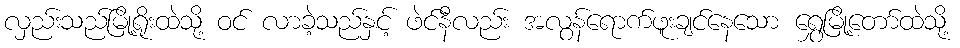
လှည်းသည်မြို့ရိုးထဲသို့ ဝင် လာခဲ့သည်နှင့် ဖဲင်နီလည်း အလွန်ရောက်ဖူးချင်နေသော ရွှေမြို့တော်ထဲသို့